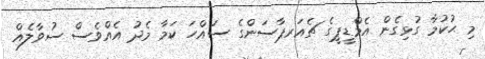
މި ޙުކުމާ ގުޅިގެން އެމްޑީޕީގެ ޗެއަރޕާސަންގެ ސައްހަ ކަމާ މެދު އެއްވެސް ސުވާލެއް